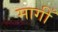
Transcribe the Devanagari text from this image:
मागीँ